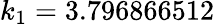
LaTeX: k_{1}=3.796866512